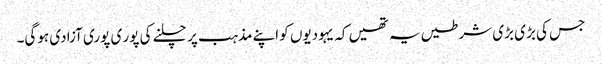
جس کی بڑی بڑی شرطیں یہ تھیں کہ یہودیوں کو اپنے مذہب پر چلنے کی پور ی پوری آزادی ہوگی۔